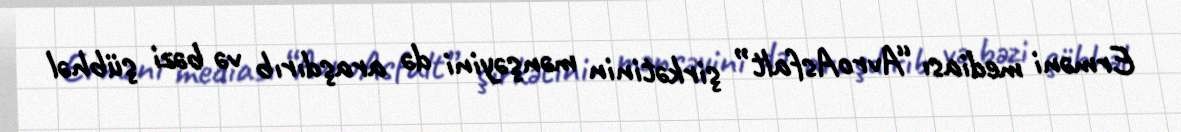
Erməni mediası “AvroAsfalt” şirkətinin mənşəyini də araşdırıb və bəzi şübhəl